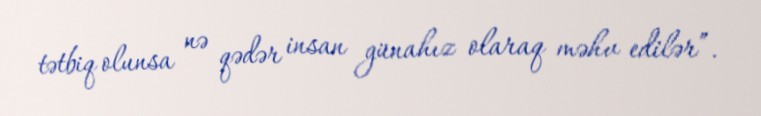
tətbiq olunsa nə qədər insan günahız olaraq məhv edilər”.